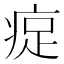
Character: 𪽰